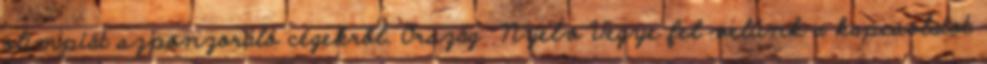
olimpiát szponzoráló cégekről. Ország Nyelv Vegye fel velünk a kapcsolatot